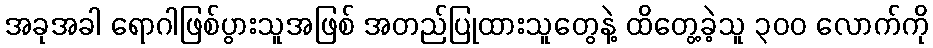
အခုအခါ ရောဂါဖြစ်ပွားသူအဖြစ် အတည်ပြုထားသူတွေနဲ့ ထိတွေ့ခဲ့သူ ၃၀၀ လောက်ကို